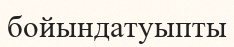
бойындатуыпты